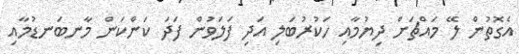
އެގޮތުން ލޭ މައްޗަށް ދިޔުމާއި ހަކުރުބަލި އަދި ފަލަވުން ފަދަ ކަންކަން މާނބަނޑުުމާއި